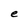
Character: e